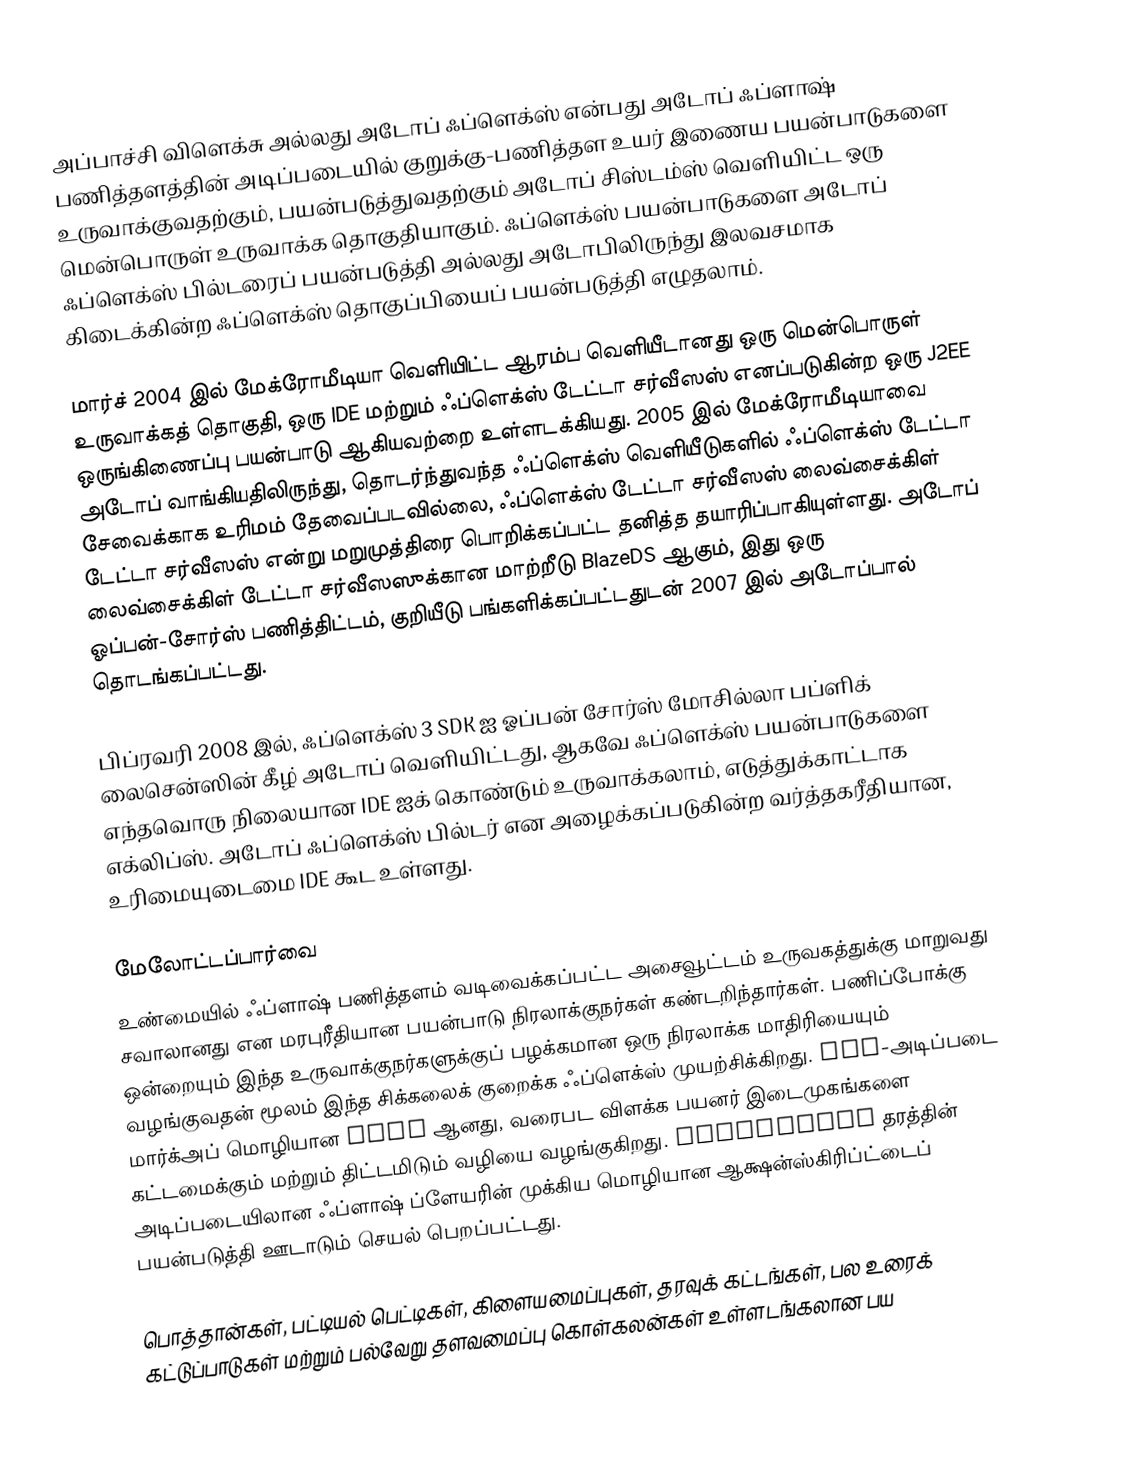
அப்பாச்சி விளெக்சு அல்லது அடோப் ஃப்ளெக்ஸ்  என்பது அடோப் ஃப்ளாஷ் பணித்தளத்தின் அடிப்படையில் குறுக்கு-பணித்தள உயர் இணைய பயன்பாடுகளை உருவாக்குவதற்கும், பயன்படுத்துவதற்கும் அடோப் சிஸ்டம்ஸ் வெளியிட்ட ஒரு மென்பொருள் உருவாக்க தொகுதியாகும். ஃப்ளெக்ஸ் பயன்பாடுகளை அடோப் ஃப்ளெக்ஸ் பில்டரைப் பயன்படுத்தி அல்லது அடோபிலிருந்து இலவசமாக கிடைக்கின்ற ஃப்ளெக்ஸ் தொகுப்பியைப் பயன்படுத்தி எழுதலாம்.

மார்ச் 2004 இல் மேக்ரோமீடியா வெளியிட்ட ஆரம்ப வெளியீடானது ஒரு மென்பொருள் உருவாக்கத் தொகுதி, ஒரு IDE மற்றும் ஃப்ளெக்ஸ் டேட்டா சர்வீஸஸ் எனப்படுகின்ற ஒரு J2EE ஒருங்கிணைப்பு பயன்பாடு ஆகியவற்றை உள்ளடக்கியது. 2005 இல் மேக்ரோமீடியாவை அடோப் வாங்கியதிலிருந்து, தொடர்ந்துவந்த ஃப்ளெக்ஸ் வெளியீடுகளில் ஃப்ளெக்ஸ் டேட்டா சேவைக்காக உரிமம் தேவைப்படவில்லை, ஃப்ளெக்ஸ் டேட்டா சர்வீஸஸ் லைவ்சைக்கிள் டேட்டா சர்வீஸஸ் என்று மறுமுத்திரை பொறிக்கப்பட்ட தனித்த தயாரிப்பாகியுள்ளது. அடோப் லைவ்சைக்கிள் டேட்டா சர்வீஸஸுக்கான மாற்றீடு BlazeDS ஆகும், இது ஒரு ஓப்பன்-சோர்ஸ் பணித்திட்டம், குறியீடு பங்களிக்கப்பட்டதுடன் 2007 இல் அடோப்பால் தொடங்கப்பட்டது.

பிப்ரவரி 2008 இல், ஃப்ளெக்ஸ் 3 SDK ஐ ஓப்பன் சோர்ஸ் மோசில்லா பப்ளிக் லைசென்ஸின் கீழ் அடோப் வெளியிட்டது, ஆகவே ஃப்ளெக்ஸ் பயன்பாடுகளை எந்தவொரு நிலையான IDE ஐக் கொண்டும் உருவாக்கலாம், எடுத்துக்காட்டாக எக்லிப்ஸ். அடோப் ஃப்ளெக்ஸ் பில்டர் என அழைக்கப்படுகின்ற வர்த்தகரீதியான, உரிமையுடைமை IDE கூட உள்ளது.

மேலோட்டப்பார்வை
உண்மையில் ஃப்ளாஷ் பணித்தளம் வடிவைக்கப்பட்ட அசைவூட்டம் உருவகத்துக்கு மாறுவது சவாலானது என மரபுரீதியான பயன்பாடு நிரலாக்குநர்கள் கண்டறிந்தார்கள்.  பணிப்போக்கு ஒன்றையும் இந்த உருவாக்குநர்களுக்குப் பழக்கமான ஒரு நிரலாக்க மாதிரியையும் வழங்குவதன் மூலம் இந்த சிக்கலைக் குறைக்க ஃப்ளெக்ஸ் முயற்சிக்கிறது. XML-அடிப்படை மார்க்அப் மொழியான MXML ஆனது, வரைபட விளக்க பயனர் இடைமுகங்களை கட்டமைக்கும் மற்றும் திட்டமிடும் வழியை வழங்குகிறது. ECMAScript தரத்தின் அடிப்படையிலான ஃப்ளாஷ் ப்ளேயரின் முக்கிய மொழியான ஆக்ஷன்ஸ்கிரிப்ட்டைப் பயன்படுத்தி ஊடாடும் செயல் பெறப்பட்டது.

பொத்தான்கள், பட்டியல் பெட்டிகள், கிளையமைப்புகள், தரவுக் கட்டங்கள், பல உரைக் கட்டுப்பாடுகள் மற்றும் பல்வேறு தளவமைப்பு கொள்கலன்கள் உள்ளடங்கலான பய